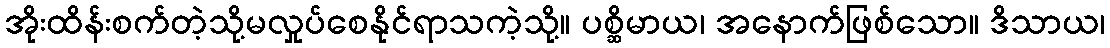
အိုးထိန်းစက်တဲ့သို့မလှုပ်စေနိုင်ရာသကဲ့သို့။ ပစ္ဆိမာယ၊ အနောက်ဖြစ်သော။ ဒိသာယ၊